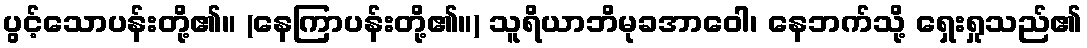
ပွင့်သောပန်းတို့၏။ (နေကြာပန်းတို့၏။) သူရိယာဘိမုခအာဝေါ၊ နေဘက်သို့ ရှေးရှုသည်၏